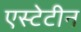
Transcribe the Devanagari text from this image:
एस्टेटीन